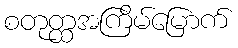
စတုတ္ထအကြိမ်မြောက်